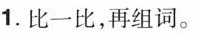
1.比一比，再组词。